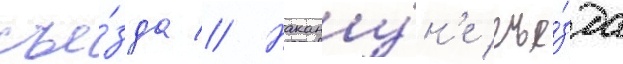
съе́зда // Накану́н'е съе́зда